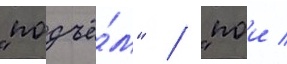
"подъё́м" / "пои /